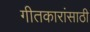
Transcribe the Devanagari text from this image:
गीतकारांसाठी